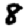
Digit: 8